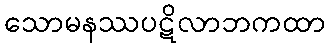
သောမနဿပဋိလာဘကထာ